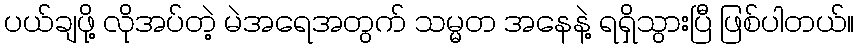
ပယ်ချဖို့ လိုအပ်တဲ့ မဲအရေအတွက် သမ္မတ အနေနဲ့ ရရှိသွားပြီ ဖြစ်ပါတယ်။